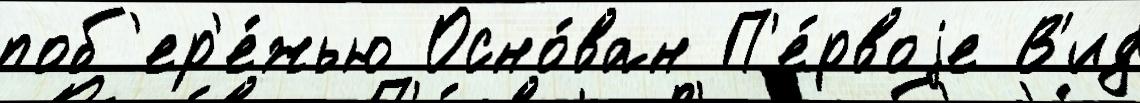
поб'ер'е́жью Осно́ван П'е́рвоjе В'ид